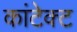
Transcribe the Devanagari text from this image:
कांटेक्‍ट